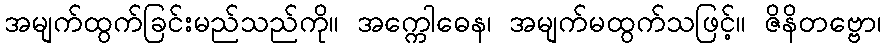
အမျက်ထွက်ခြင်းမည်သည်ကို။ အက္ကေါဓေန၊ အမျက်မထွက်သဖြင့်။ ဇိနိတဗ္ဗော၊